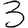
Digit: 3